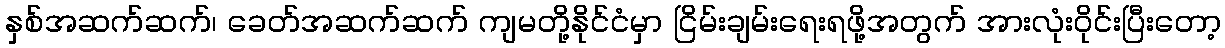
နှစ်အဆက်ဆက်၊ ခေတ်အဆက်ဆက် ကျမတို့နိုင်ငံမှာ ငြိမ်းချမ်းရေးရဖို့အတွက် အားလုံးဝိုင်းပြီးတော့